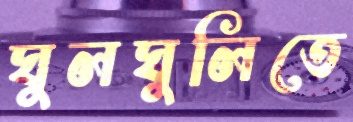
ঘুলঘুলিতে